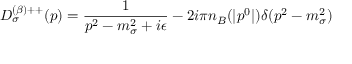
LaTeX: D _ { \sigma } ^ { ( \beta ) + + } ( p ) = \frac { 1 } { p ^ { 2 } - m _ { \sigma } ^ { 2 } + i \epsilon } - 2 i \pi n _ { B } ( | p ^ { 0 } | ) \delta ( p ^ { 2 } - m _ { \sigma } ^ { 2 } )